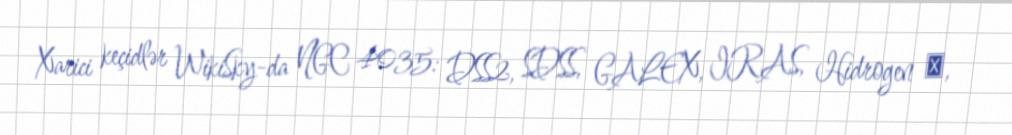
Xarici keçidlər WikiSky-da NGC 4035: DSS2, SDSS, GALEX, IRAS, Hidrogen α,